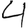
Digit: 4